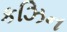
કઝિન